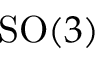
\mathrm { S O } ( 3 )